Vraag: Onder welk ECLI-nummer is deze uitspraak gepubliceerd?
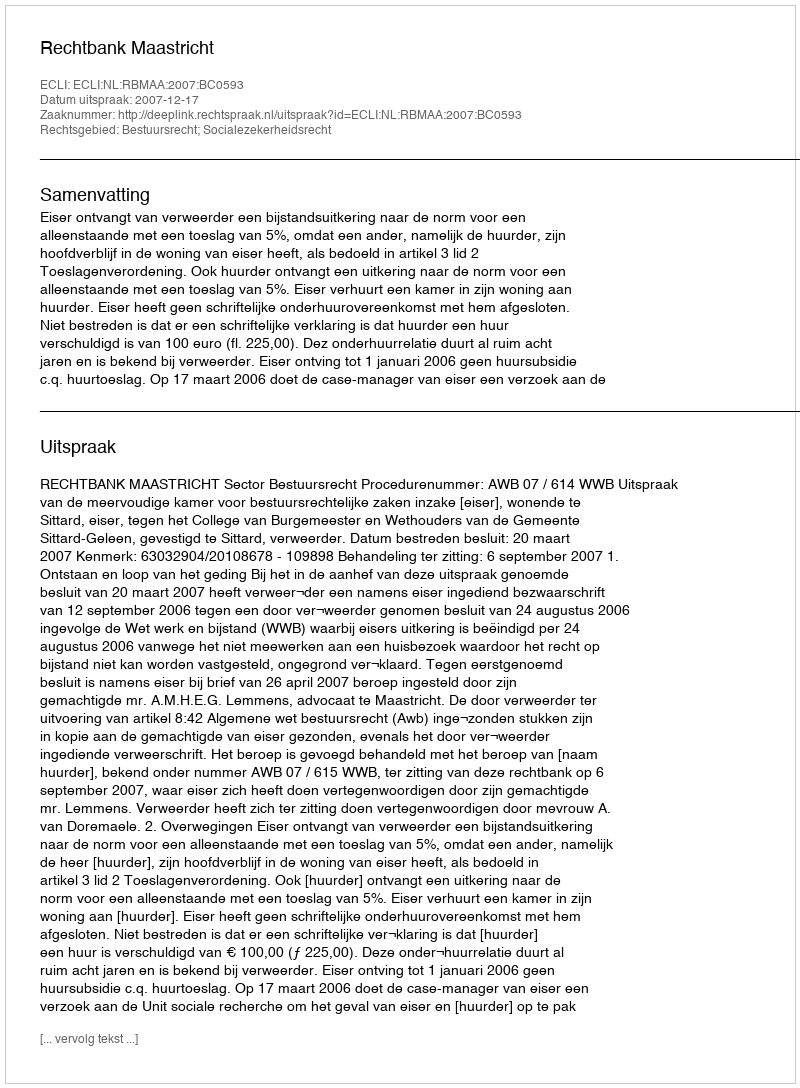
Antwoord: ECLI:NL:RBMAA:2007:BC0593